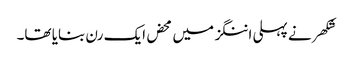
شکھر نے پہلی اننگز میں محض ایک رن بنایا تھا۔